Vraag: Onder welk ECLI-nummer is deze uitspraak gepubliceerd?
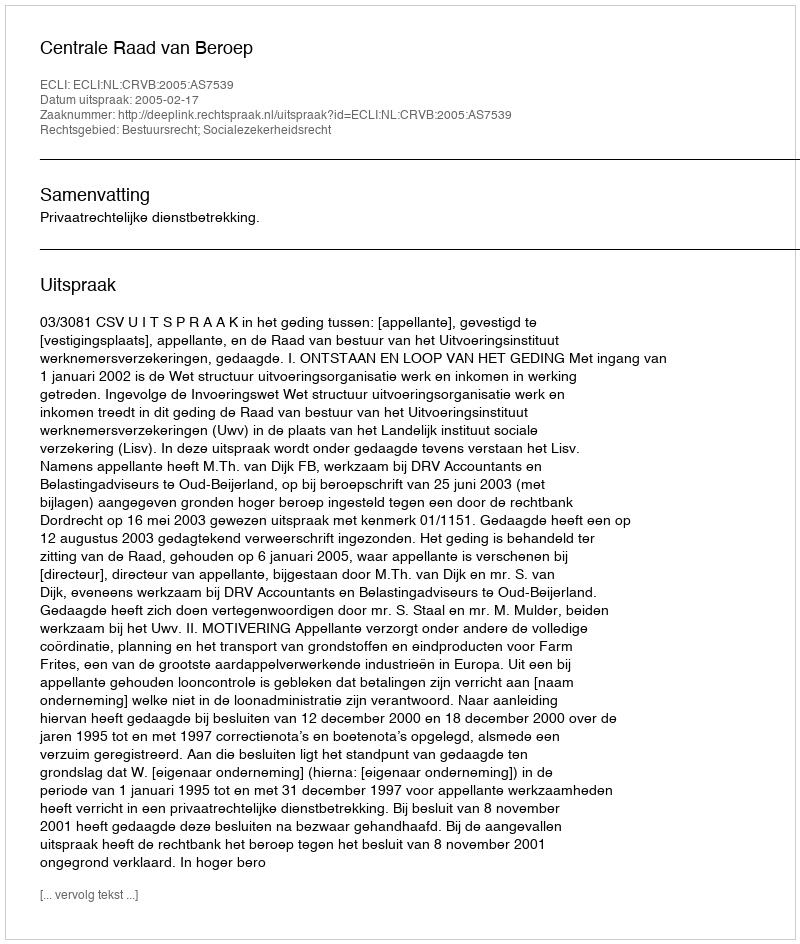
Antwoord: ECLI:NL:CRVB:2005:AS7539